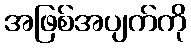
အဖြစ်အပျက်ကို